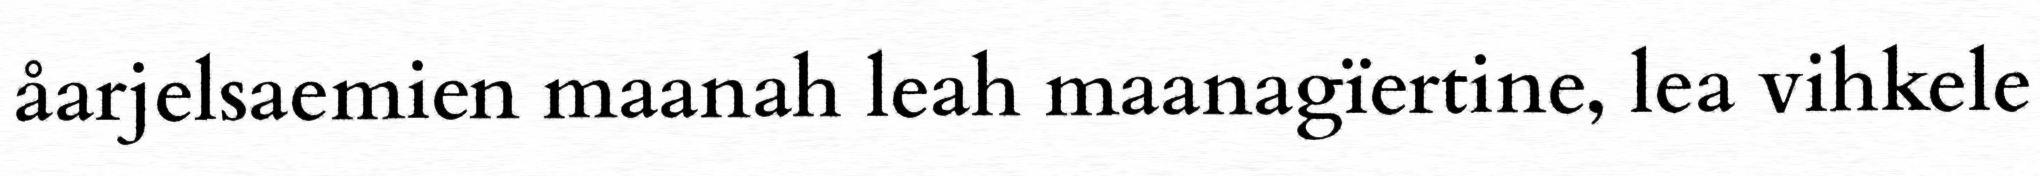
åarjelsaemien maanah leah maanagïertine, lea vihkele